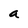
Character: a